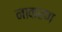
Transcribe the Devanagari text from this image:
नाकरण